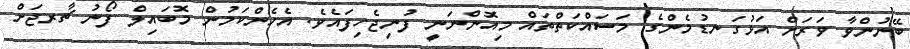
ބޭނުންވާ ވަރަށް އަޅުގަނޑުމެންގެ މަސައްކަތްތައް މިއޮންނަނީ ފުނިޖެހިފައެވެ. އެހެންކަމުން މޮބައިލް ފޯނު ޗާރޖަށް